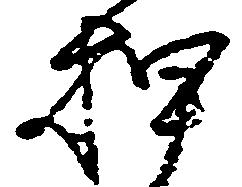
押